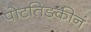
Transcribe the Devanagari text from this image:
पोटतिडकीनं